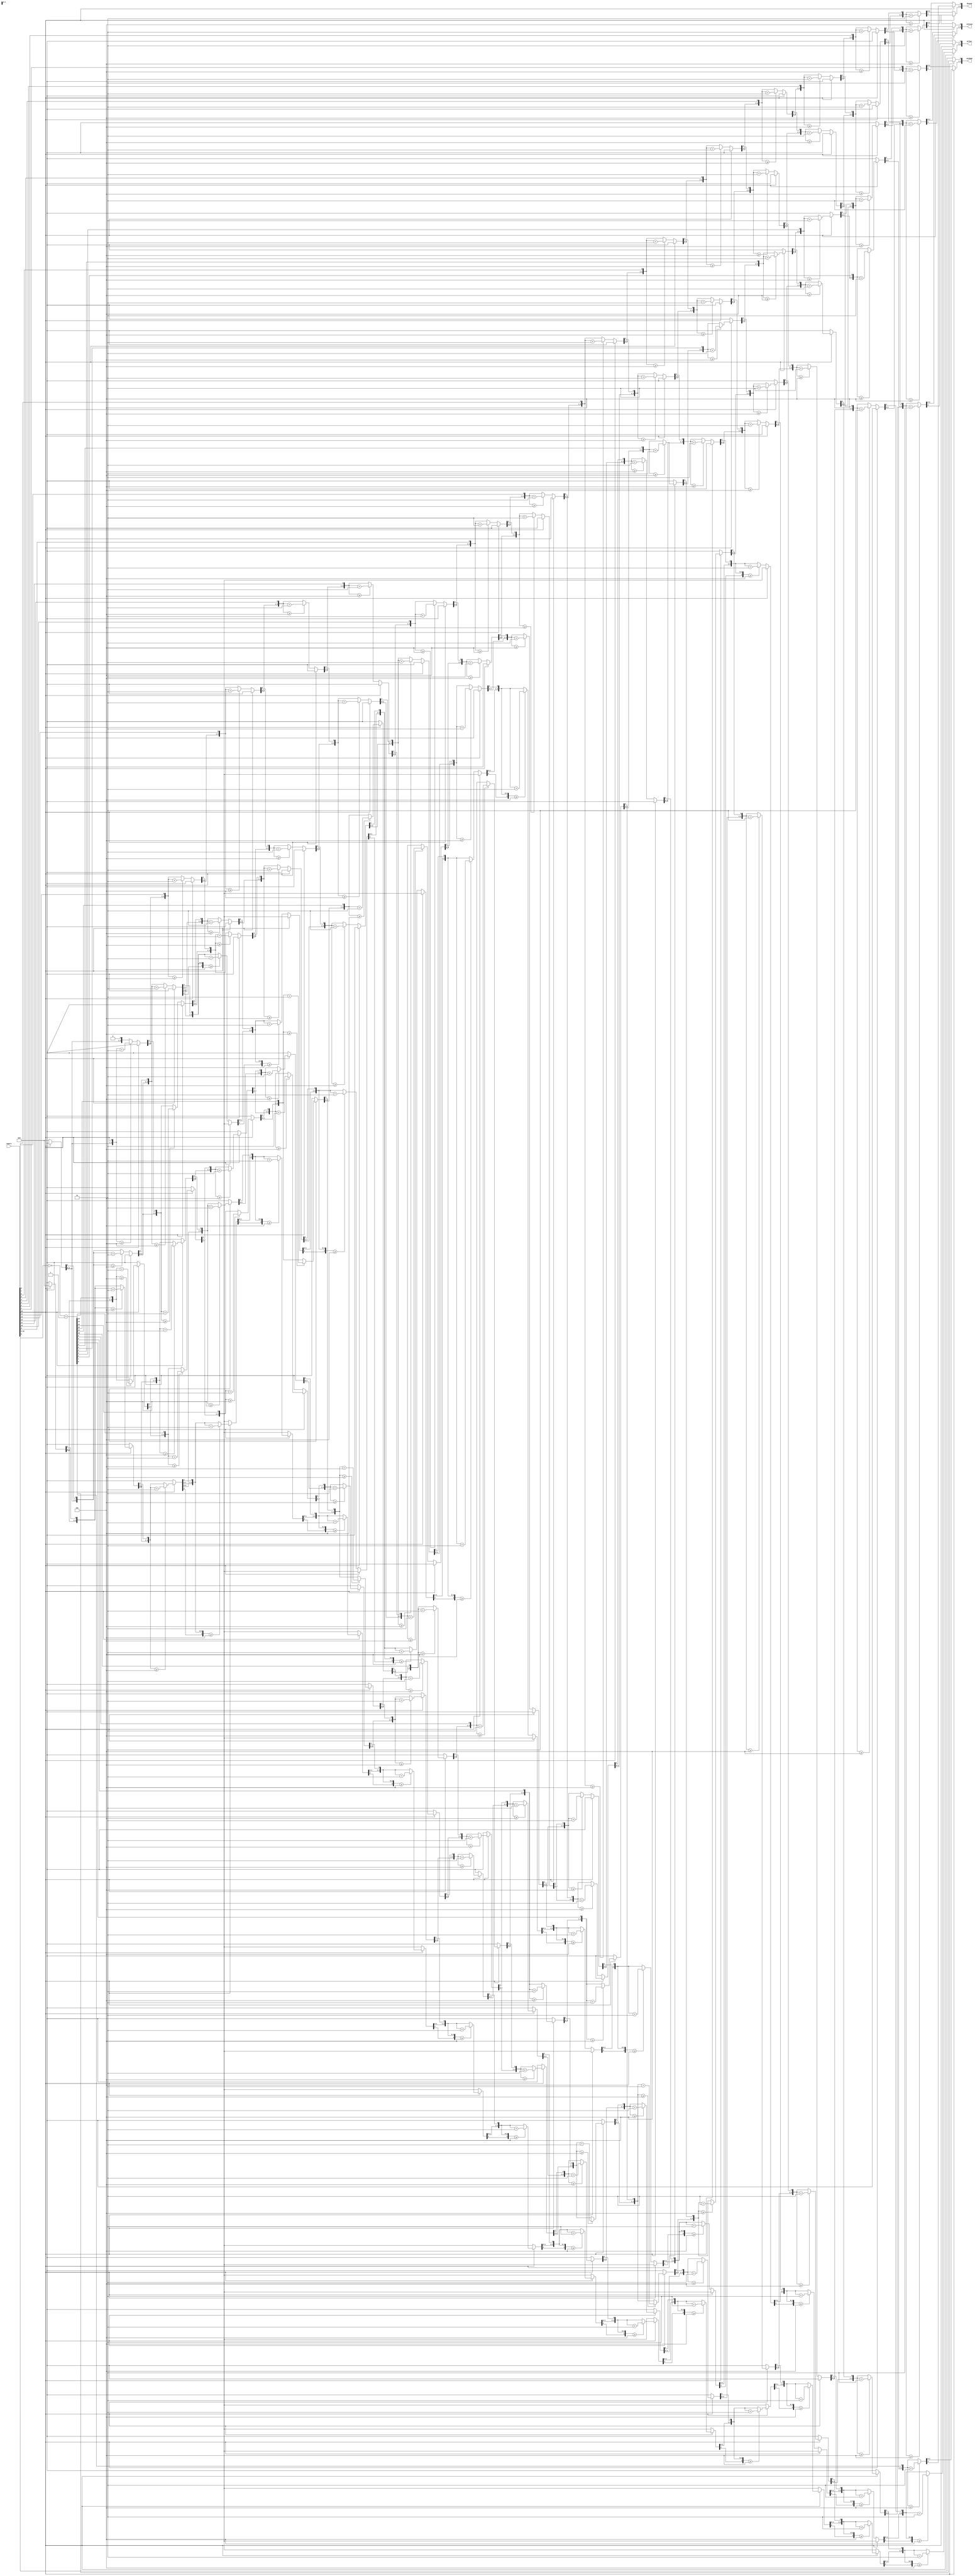
module saidaQuatroDisplays(numero, milhar, centena, dezena, unidade);
	input [31:0] numero;
	output reg [3:0] milhar;
	output reg [3:0] centena;
	output reg [3:0] dezena;
	output reg [3:0] unidade;
	reg [31:0] aux;
	integer i;
	always @ (numero) begin
		aux = 32'b0;
		milhar = 4'b0000;
		centena = 4'b0000;
		dezena = 4'b0000;
		unidade = 4'b0000;
		if(numero[15] == 0) begin
			for(i = 15; i >= 0; i = i-1) begin
				if(milhar >= 5) milhar = milhar + 4'd3;
				if(centena >= 5) centena = centena + 4'd3;
				if(dezena >= 5) dezena = dezena + 4'd3;
				if(unidade >= 5) unidade = unidade + 4'd3;
				milhar = milhar << 1;
				milhar[0] = centena[3];				
				centena = centena << 1;
				centena[0] = dezena[3];
				dezena = dezena << 1;
				dezena[0] = unidade[3];
				unidade = unidade << 1;
				unidade[0] = numero[i];
			end
		end
		else begin
			aux = ~(numero) + 16'b0000000000000001;
			for(i = 15; i >= 0; i = i-1) begin
				if(milhar >= 5) milhar = milhar + 4'd3;
				if(centena >= 5) centena = centena + 4'd3;
				if(dezena >= 5) dezena = dezena + 4'd3;
				if(unidade >= 5) unidade = unidade + 4'd3;
				milhar = milhar << 1;
				milhar[0] = centena[3];				
				centena = centena << 1;
				centena[0] = dezena[3];
				dezena = dezena << 1;
				dezena[0] = unidade[3];
				unidade = unidade << 1;
				unidade[0] = aux[i];
			end
		end
	end
	
endmodule